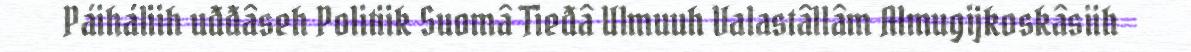
Páiháliih uđđâseh Politiik Suomâ Tieđâ Ulmuuh Valastâllâm Almugijkoskâsiih